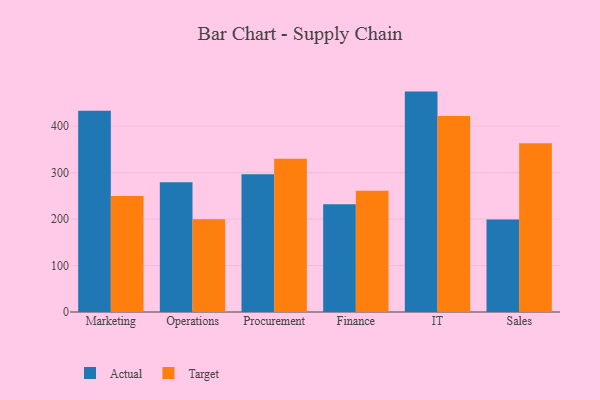
{"axis": {"x": "Department", "y": "Market Share (%)"}, "legend": ["Actual", "Target"], "data": [{"x": "Marketing", "y": 433.5, "type": "Actual"}, {"x": "Marketing", "y": 249.8, "type": "Target"}, {"x": "Operations", "y": 279.4, "type": "Actual"}, {"x": "Operations", "y": 199.7, "type": "Target"}, {"x": "Procurement", "y": 296.4, "type": "Actual"}, {"x": "Procurement", "y": 329.8, "type": "Target"}, {"x": "Finance", "y": 232.2, "type": "Actual"}, {"x": "Finance", "y": 260.8, "type": "Target"}, {"x": "IT", "y": 474.5, "type": "Actual"}, {"x": "IT", "y": 422.1, "type": "Target"}, {"x": "Sales", "y": 199.0, "type": "Actual"}, {"x": "Sales", "y": 363.1, "type": "Target"}]}